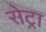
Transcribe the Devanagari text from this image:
सेट्रा